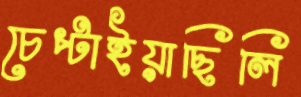
চেপ্‌টাইয়াছিলি